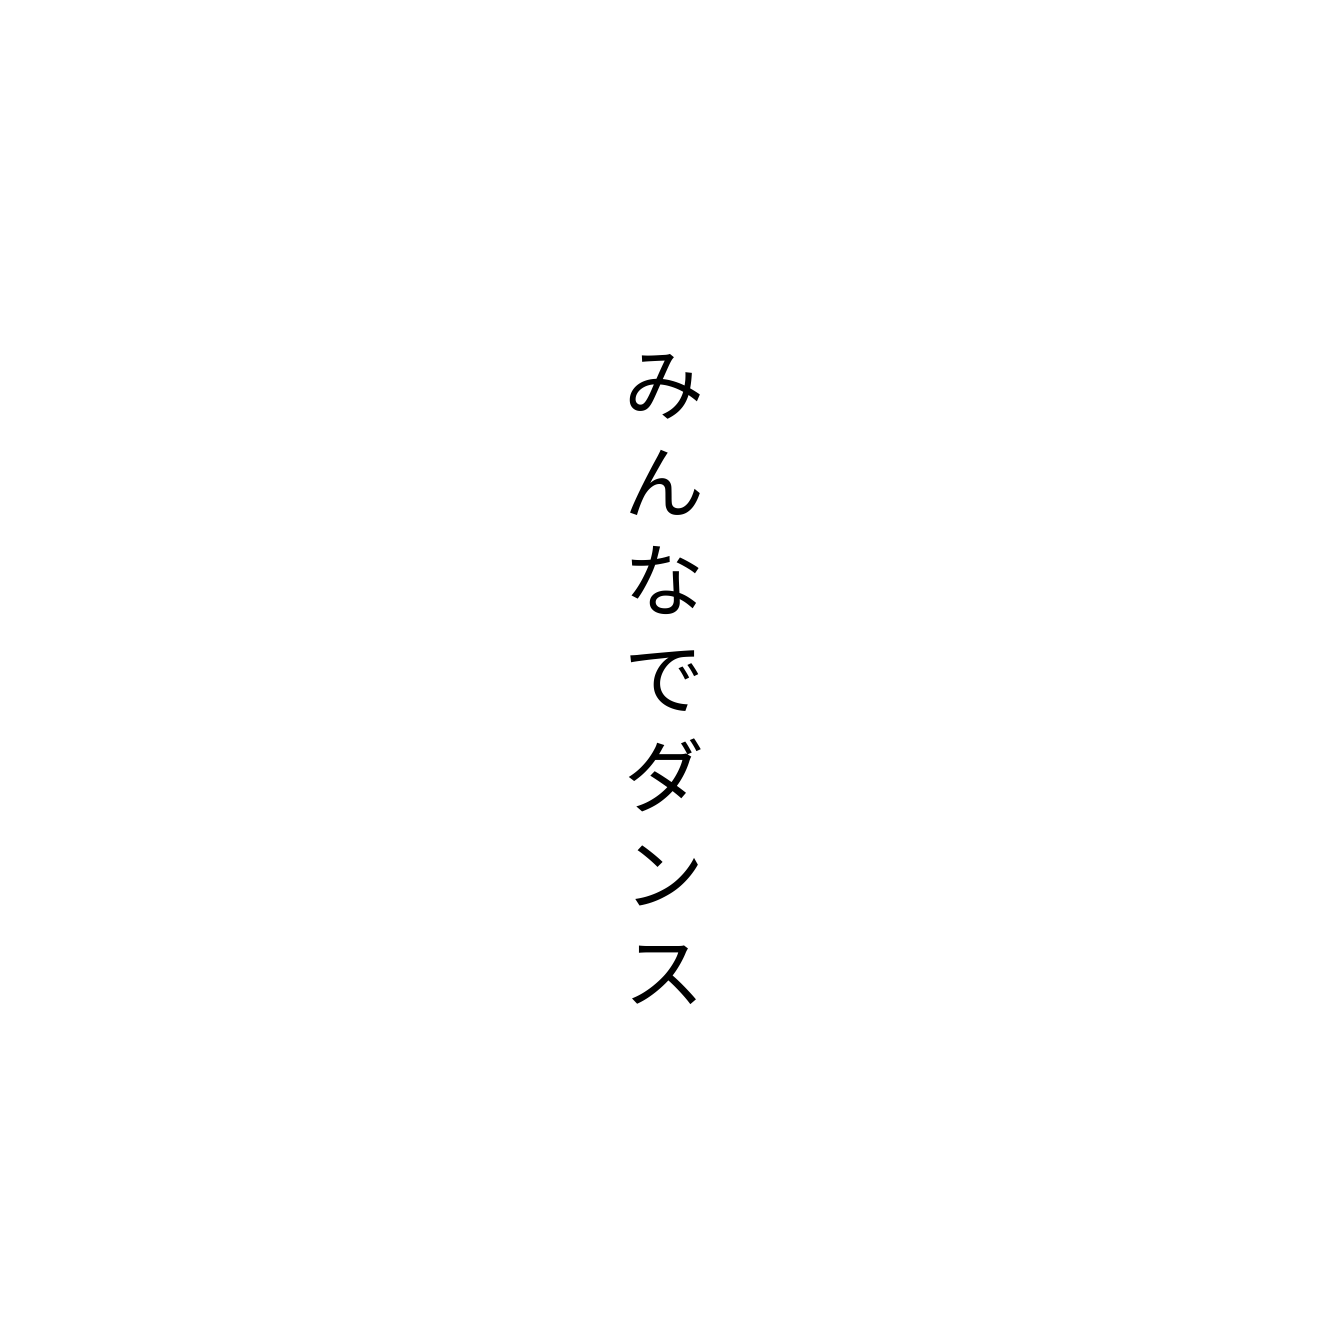
みんなでダンス